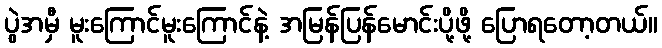
ပွဲအမှီ မူးကြောင်မူးကြောင်နဲ့ အမြန်ပြန်မောင်းပို့ဖို့ ပြောရတော့တယ်။